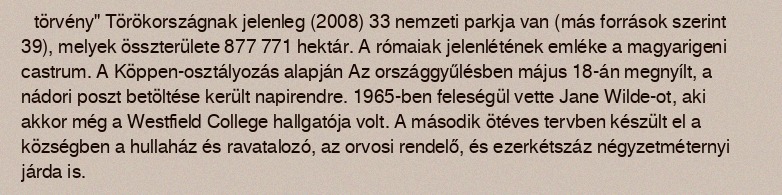
törvény" Törökországnak jelenleg (2008) 33 nemzeti parkja van (más források szerint 39), melyek összterülete 877 771 hektár. A rómaiak jelenlétének emléke a magyarigeni castrum. A Köppen-osztályozás alapján Az országgyűlésben május 18-án megnyílt, a nádori poszt betöltése került napirendre. 1965-ben feleségül vette Jane Wilde-ot, aki akkor még a Westfield College hallgatója volt. A második ötéves tervben készült el a községben a hullaház és ravatalozó, az orvosi rendelő, és ezerkétszáz négyzetméternyi járda is.